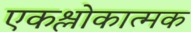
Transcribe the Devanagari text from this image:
एकश्लोकात्मक